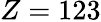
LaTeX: Z=123